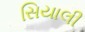
સિયાલી